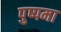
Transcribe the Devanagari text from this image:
पुष्पमा